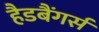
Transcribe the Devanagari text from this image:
हैडबैंगर्स